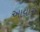
આવોરી